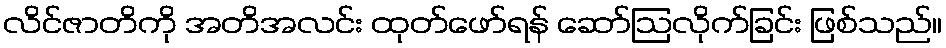
လိင်ဇာတိကို အတိအလင်း ထုတ်ဖော်ရန် ဆော်ဩလိုက်ခြင်း ဖြစ်သည်။